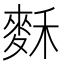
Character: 𪌗